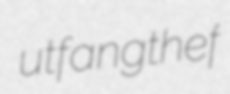
utfangthef